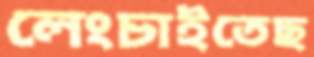
লেংচাইতেছ